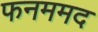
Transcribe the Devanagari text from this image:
फनममद